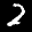
Label: 2